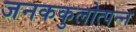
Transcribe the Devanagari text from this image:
जनककुलोत्पन्न